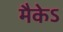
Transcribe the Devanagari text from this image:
मैकेऽ